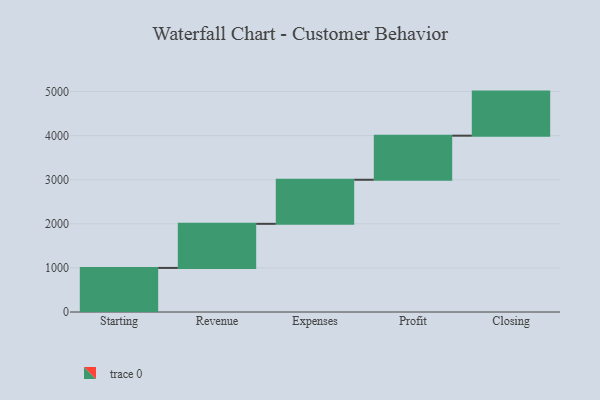
{"axis": {"x": "Step", "y": "Value"}, "legend": [""], "data": [{"x": "Starting", "y": 1000, "type": ""}, {"x": "Revenue", "y": 1000, "type": ""}, {"x": "Expenses", "y": 1000, "type": ""}, {"x": "Profit", "y": 1000, "type": ""}, {"x": "Closing", "y": 1000, "type": ""}]}